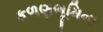
કળણભૂમિના